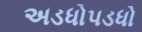
અડધોપડધો